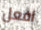
افعل